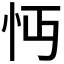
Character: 𢗔